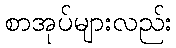
စာအုပ်များလည်း